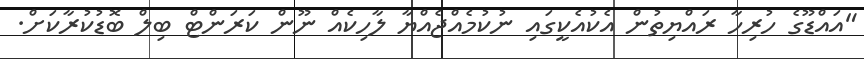
"އައްޑޫގެ ހުރިހާ ރައްޔިތުން އެކުއެކީގައި ނުކުމެއްޖެއްޔާ ލާހިކެއް ނޫން ކަރަންޓް ބިލް ބޮޑުކުރާކަށް.